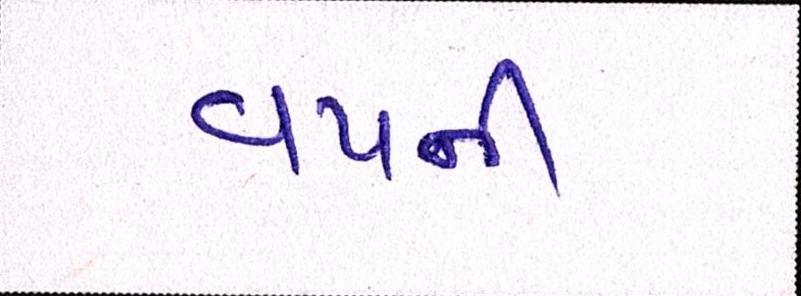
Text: વયની